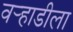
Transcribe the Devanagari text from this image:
वर्‍हाडीला